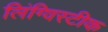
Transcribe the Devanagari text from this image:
लिंग्विस्टीक